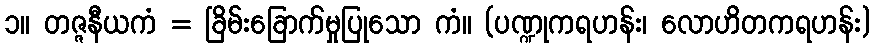
၁။ တဇ္ဇနီယကံ = ခြိမ်းခြောက်မှုပြုသော ကံ။ (ပဏ္ဍုကရဟန်း၊ လောဟိတကရဟန်း)